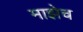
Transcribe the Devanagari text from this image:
माझेच